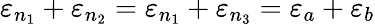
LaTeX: \varepsilon_{n_{1}}+\varepsilon_{n_{2}}=\varepsilon_{n_{1}}+\varepsilon_{n_{3}}=\varepsilon_{a}+\varepsilon_{b}